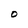
Character: O